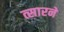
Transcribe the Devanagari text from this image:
त्सारने